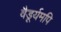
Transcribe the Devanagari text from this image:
वैडूर्यमपि